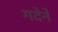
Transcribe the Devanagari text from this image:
गदेने